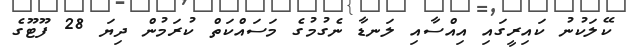
ކޭލަކުނު ކައިރީގައި އިއްސާއި ލަނޑާ ނެގުމުގެ މަސައްކަތް ކުރަމުން ދިޔަ 28 ފޫޓޫގެ